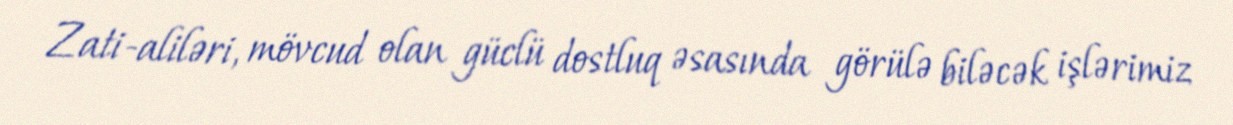
Zati-aliləri, mövcud olan güclü dostluq əsasında görülə biləcək işlərimiz